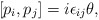
\begin{align*}\left[p_i,p_j\right] = i \epsilon_{ij} \theta, \end{align*}